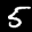
Label: 5